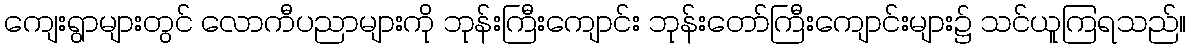
ကျေးရွာများတွင် လောကီပညာများကို ဘုန်းကြီးကျောင်း ဘုန်းတော်ကြီးကျောင်းများ၌ သင်ယူကြရသည်။